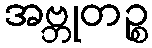
အဗ္ဘုတဉ္စ